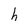
Character: h